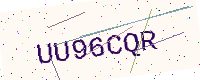
Text: UU96CQR